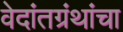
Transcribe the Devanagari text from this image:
वेदांतग्रंथांचा